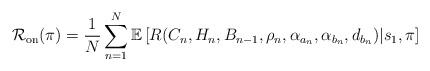
LaTeX: \begin{align*}\mathcal{R}_{\mathrm{on}}(\pi)=\frac{1}{N}\sum_{n=1}^{N}\mathbb{E}\left[R(C_n,H_n,B_{n-1},\rho_n,\alpha_{a_n},\alpha_{b_n},d_{b_n})|s_1,\pi\right]\end{align*}